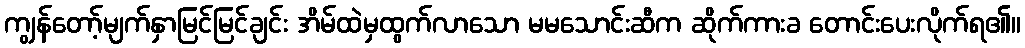
ကျွန်တော့်မျက်နှာမြင်မြင်ချင်း အိမ်ထဲမှထွက်လာသော မမသောင်းဆီက ဆိုက်ကားခ တောင်းပေးလိုက်ရ၏။